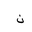
Letter: _non